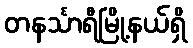
တနင်္သာရီမြို့နယ်ရှိ